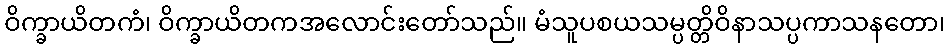
ဝိက္ခာယိတကံ၊ ဝိက္ခာယိတကအလောင်းတော်သည်။ မံသူပစယသမ္ပတ္တိဝိနာသပ္ပကာသနတော၊